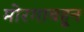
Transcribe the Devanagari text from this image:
मोरगावहून